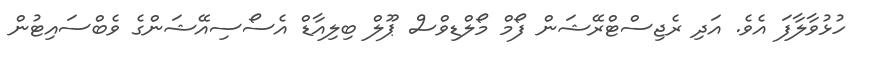
ހުޅުވާލާފަ އެވެ. އަދި ރެޖިސްޓްރޭޝަން ފޯމް މޯލްޑިވްސް ޕޫލް ބިލިއާޑް އެސޯސިއޭޝަންގެ ވެބްސައިޓުން